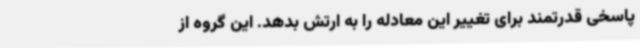
پاسخی قدرتمند برای تغییر این معادله را به ارتش بدهد. این گروه از